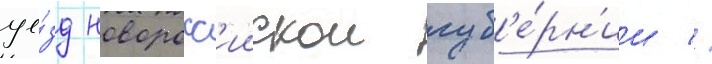
уе́зд новоросс'иискои губ'е́рн'ии //